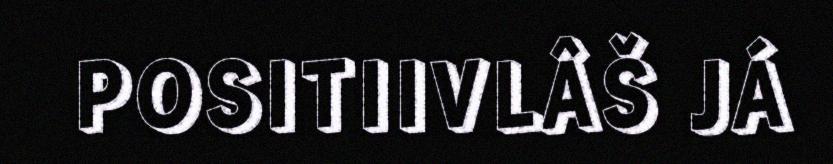
POSITIIVLÂŠ JÁ